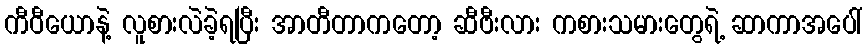
ကီဝီယောနဲ့ လူစားလဲခဲ့ရပြီး အာတီတာကတော့ ဆီဗီးလား ကစားသမားတွေရဲ့ ဆာကာအပေါ်